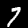
Label: 7